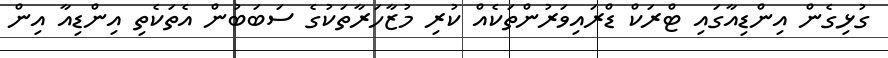
ގުޅިގެން އިންޑިއާގައި ޓްރަކް ޑްރައިވަރުންތަކެއް ކުރި މުޒާހަރާތަކުގެ ސަބަބުން އެތަކެތި އިންޑިއާ އިން